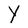
Character: Y